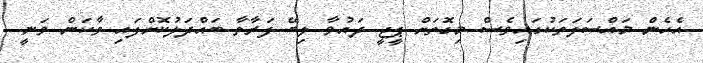
އެހެން މައްސަލަތަކުގައިވެސް މިގޮތަށް ޕީޖީ ދައުވާ ލިބޭ ފަރާތާ ބައްދަލުކޮށްފައި ވާކަން ވަނީ